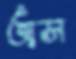
অস